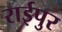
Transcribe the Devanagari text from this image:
राईपुर